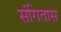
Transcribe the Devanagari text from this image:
संगितास